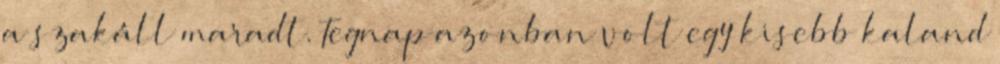
a szakáll maradt. Tegnap azonban volt egy kisebb kaland